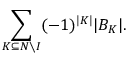
\sum _ { K \subseteq N \setminus I } ( - 1 ) ^ { | K | } | B _ { K } | .